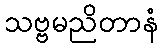
သဗ္ဗမညိတာနံ